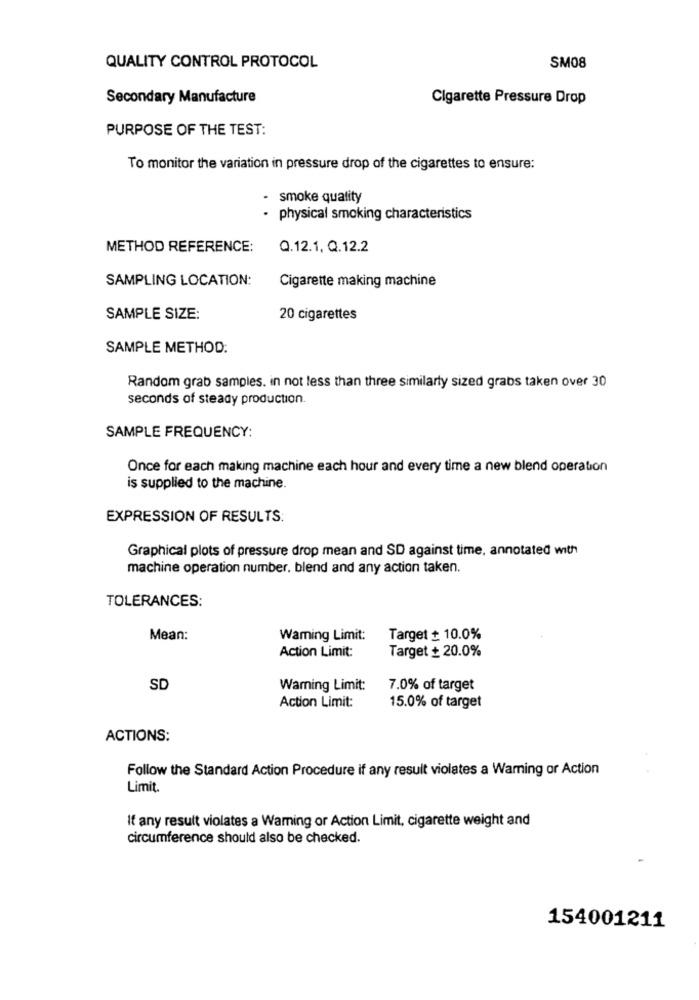
QUALITY CONTROL PROTOCOL
SM08
Secondary Manufacture
Cigarette Pressure Drop
PURPOSE OF THE TEST:
To monitor the variation in pressure drop of the cigarettes to ensure:
- smoke quality
· physical smoking characteristics
METHOD REFERENCE:
Q.12.1, Q.12.2
SAMPLING LOCATION:
Cigarette making machine
SAMPLE SIZE:
20 cigarettes
SAMPLE METHOD:
Random grab samples. in not less than three similarly sized grabs taken over 30
seconds of steady production.
SAMPLE FREQUENCY:
Once for each making machine each hour and every time a new blend operation
is supplied to the machine.
EXPRESSION OF RESULTS:
Graphical plots of pressure drop mean and SD against time, annotated with
machine operation number. blend and any action taken.
TOLERANCES:
Mean:
Warning Limit:
Target £ 10.0%
Action Limit:
Target + 20.0%
SD
Warning Limit:
7.0% of target
Action Limit:
15.0% of target
ACTIONS:
Follow the Standard Action Procedure if any result violates a Warning or Action
Limit
If any result violates a Warning or Action Limit, cigarette weight and
circumference should also be checked.
154001211